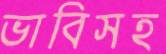
ভাবিসহ